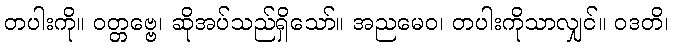
တပါးကို။ ဝတ္တဗ္ဗေ၊ ဆိုအပ်သည်ရှိသော်။ အညမေဝ၊ တပါးကိုသာလျှင်။ ဝဒတိ၊